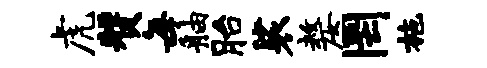
虎赞每舳胎裟嫠罔施